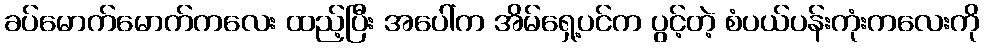
ခပ်မောက်မောက်ကလေး ထည့်ပြီး အပေါ်က အိမ်ရှေ့ပင်က ပွင့်တဲ့ စံပယ်ပန်းကုံးကလေးကို